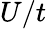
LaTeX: U/t